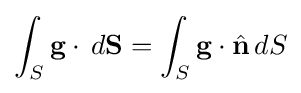
\int _{S}{\mathbf {g} }\cdot \,d{\mathbf {S} }=\int _{S}{\mathbf {g} }\cdot {\hat {\mathbf {n} }}\,dS